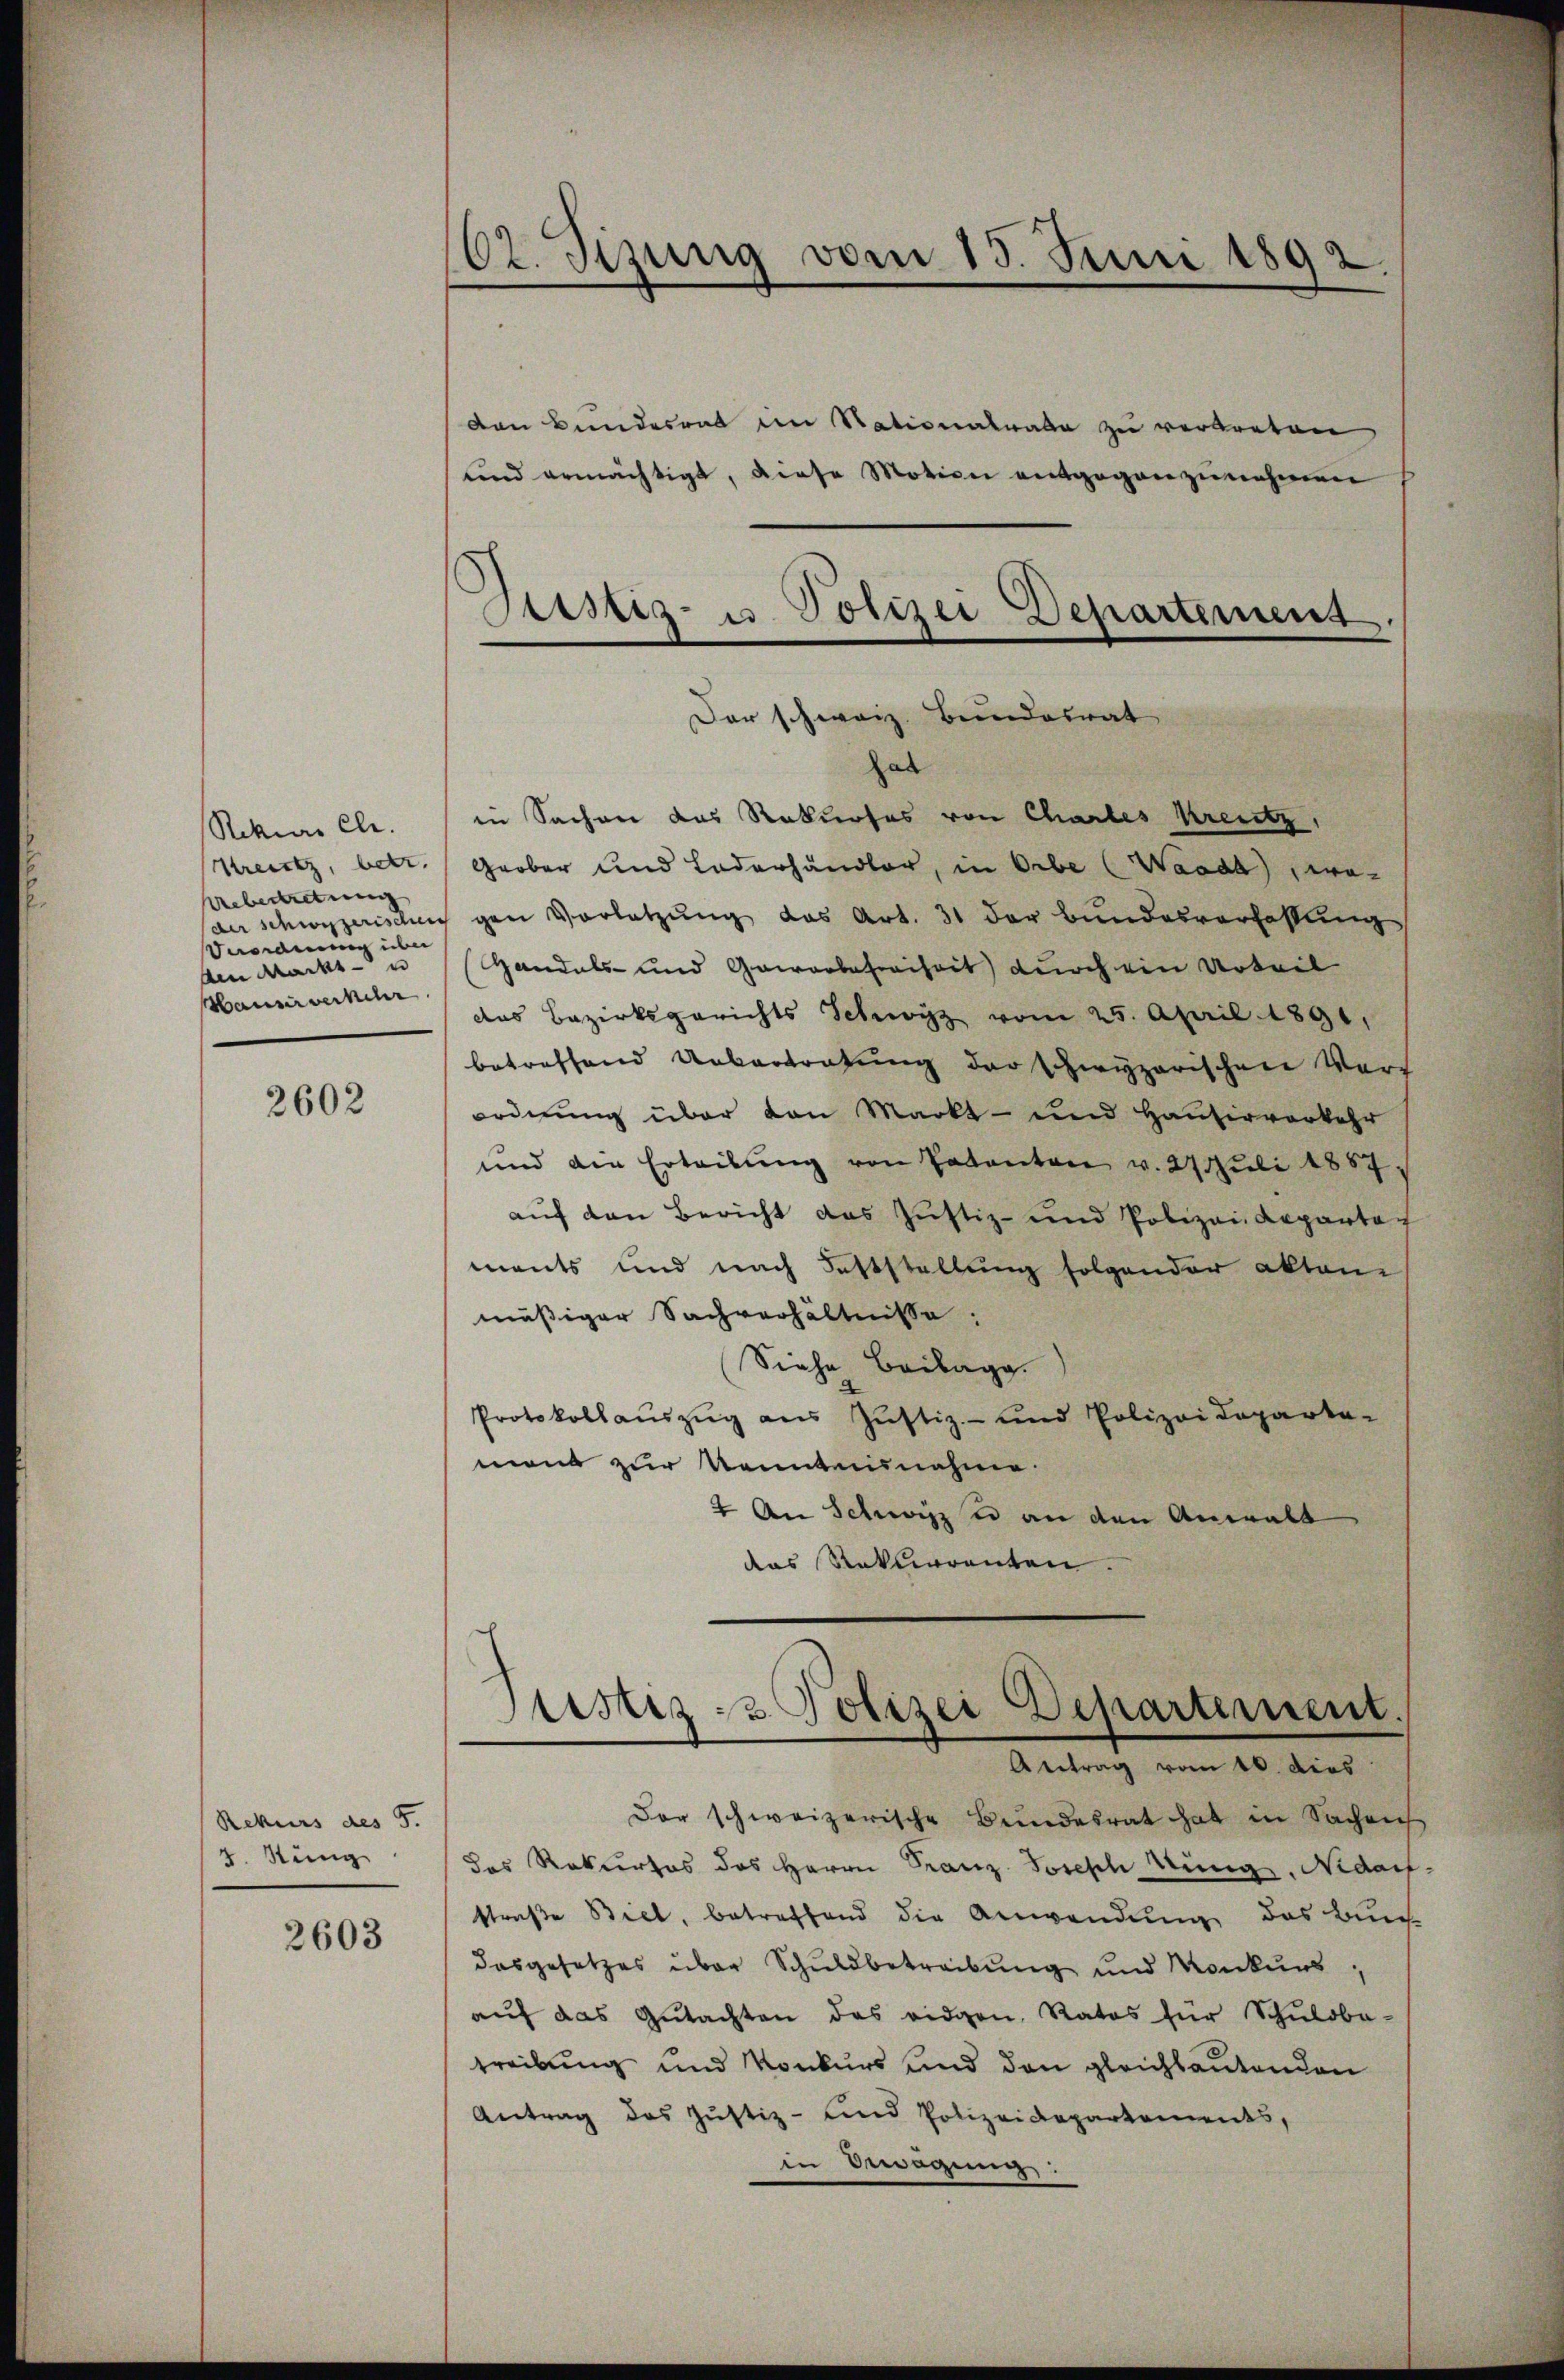
Rekurs ele.
Kreutz, betr.
Uebertretung
Veranen über
den Markt- u
Hausirverkehr.

2602

Rekurs des 5.
2. Stung

2603

162. Sizung vom 15. Juni 1892
e

Gustiz- u. Polizei Departement

den Bundesrat im Stationalrate zu vertreten
und ermächtigt, diese Motion entgegenzunehmen
Der schweiz. Bundesrat
hal
in Sachen das Rekurses von Chartes Kreutz,
Grober und Lederhandler, in Orbe (Waadt, wo-
der Schwyzerischen gen Vorletzŭng das Art. 31 der Bŭndesverfassŭng
Handels- und Gewerbefreiheit durch ein Urteil
das Bezirksgerichts Schwyz vom 25. April 1891,
betreffend Uebertretŭng der schwyzerischen Vort
ordnung über von Markt- und Hausirverkehr
und die Erteilŭng von Vakanton v. 27 Juli 1887
auf den Bericht das Justiz- und Polizei Repartag
ments und nach Feststellung folgender aktan
mäßiger Sachverhältnisse:
Siehe Beilag
Protokollaŭszŭg aŭs Jŭstiz- und Polizeideparta-
mons zur Kenntennahme.
4 An Schwisz e an den Anwalt
das Rekurrenten.
Justiz- & Polizei Departement.
Antrag vom 16. dies
Der schweizerische Bundesrat hat in Sachen
das Rekurses des Herrn Franz Joseph Nüng, Nidarf
straβe Biel, betreffend die Anwendung das Buch-
dasgesetzes über Schuldbetreibung und Konkurs,
aŭf das Gŭtachten das eidgen, Rates für Schuldba-
treibung und Konkurs und den gleichlautenden
Antrag des Justiz- und Polizeidepartements,
in Bewägung: